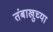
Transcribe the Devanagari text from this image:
तंबाखुच्या